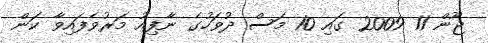
ޖޫން 11 2009 ގައި 10 މަސް ދުވަހުގެ ނާފިއު މަރުވެފައިވާ ކަން